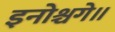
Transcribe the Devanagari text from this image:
इनोश्चगे॥